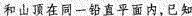
和山顶在同一铅直平面内，已知